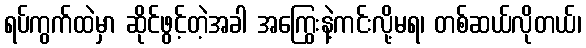
ရပ်ကွက်ထဲမှာ ဆိုင်ဖွင့်တဲ့အခါ အကြွေးနဲ့ကင်းလို့မရ၊ တစ်ဆယ်လိုတယ်၊